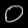
Digit: ၀